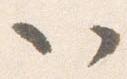
以